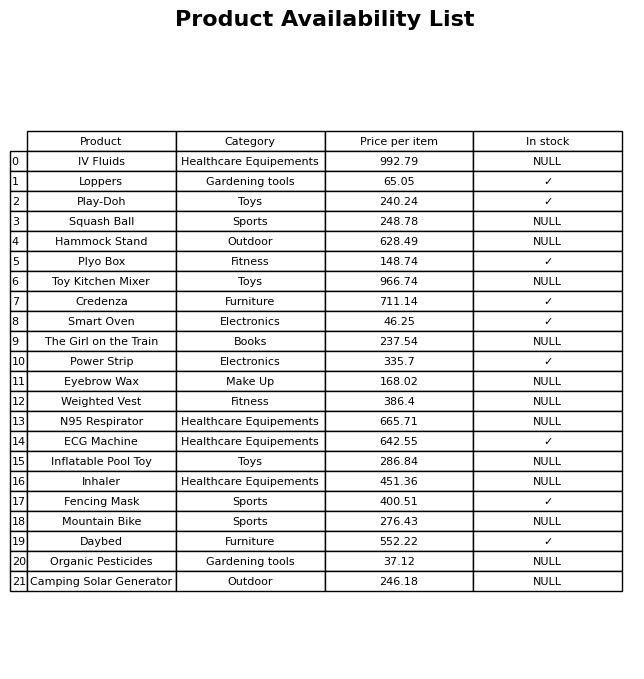
question: What is the stock status of the Fencing Mask?
answer: ✓